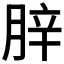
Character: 𦛛